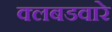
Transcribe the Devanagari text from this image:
क्लबडवारे